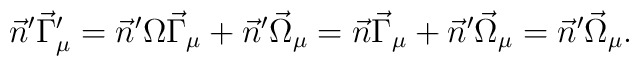
\vec{n}^\prime\vec{\Gamma}_\mu^\prime=\vec{n}^\prime\Omega\vec{\Gamma}_\mu+\vec{n}^\prime\vec{\Omega}_\mu=\vec{n}\vec{\Gamma}_\mu+\vec{n}^\prime\vec{\Omega}_\mu=\vec{n}^\prime\vec{\Omega}_\mu.